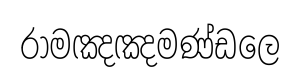
රාමඤඤමණ්ඩලෙ